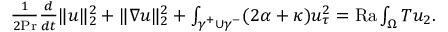
\begin{array} { r } { \frac { 1 } { 2 \mathrm { { P r } } } \frac { d } { d t } \| u \| _ { 2 } ^ { 2 } + \| \nabla u \| _ { 2 } ^ { 2 } + \int _ { \gamma ^ { + } \cup \gamma ^ { - } } ( 2 \alpha + \kappa ) u _ { \tau } ^ { 2 } = \mathrm { { R a } } \int _ { \Omega } T u _ { 2 } . } \end{array}